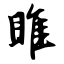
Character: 雎